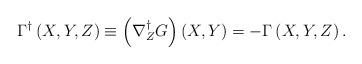
LaTeX: \begin{align*}\Gamma ^{\dag }\left( X,Y,Z\right) \equiv \left( \nabla _{Z}^{\dag }G\right)\left( X,Y\right) =-\Gamma \left( X,Y,Z\right) . \end{align*}